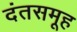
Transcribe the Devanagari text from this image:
दंतसमूह